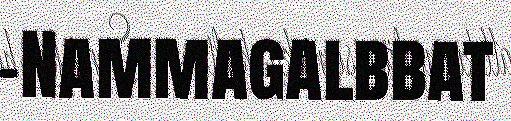
–Nammagalbbat